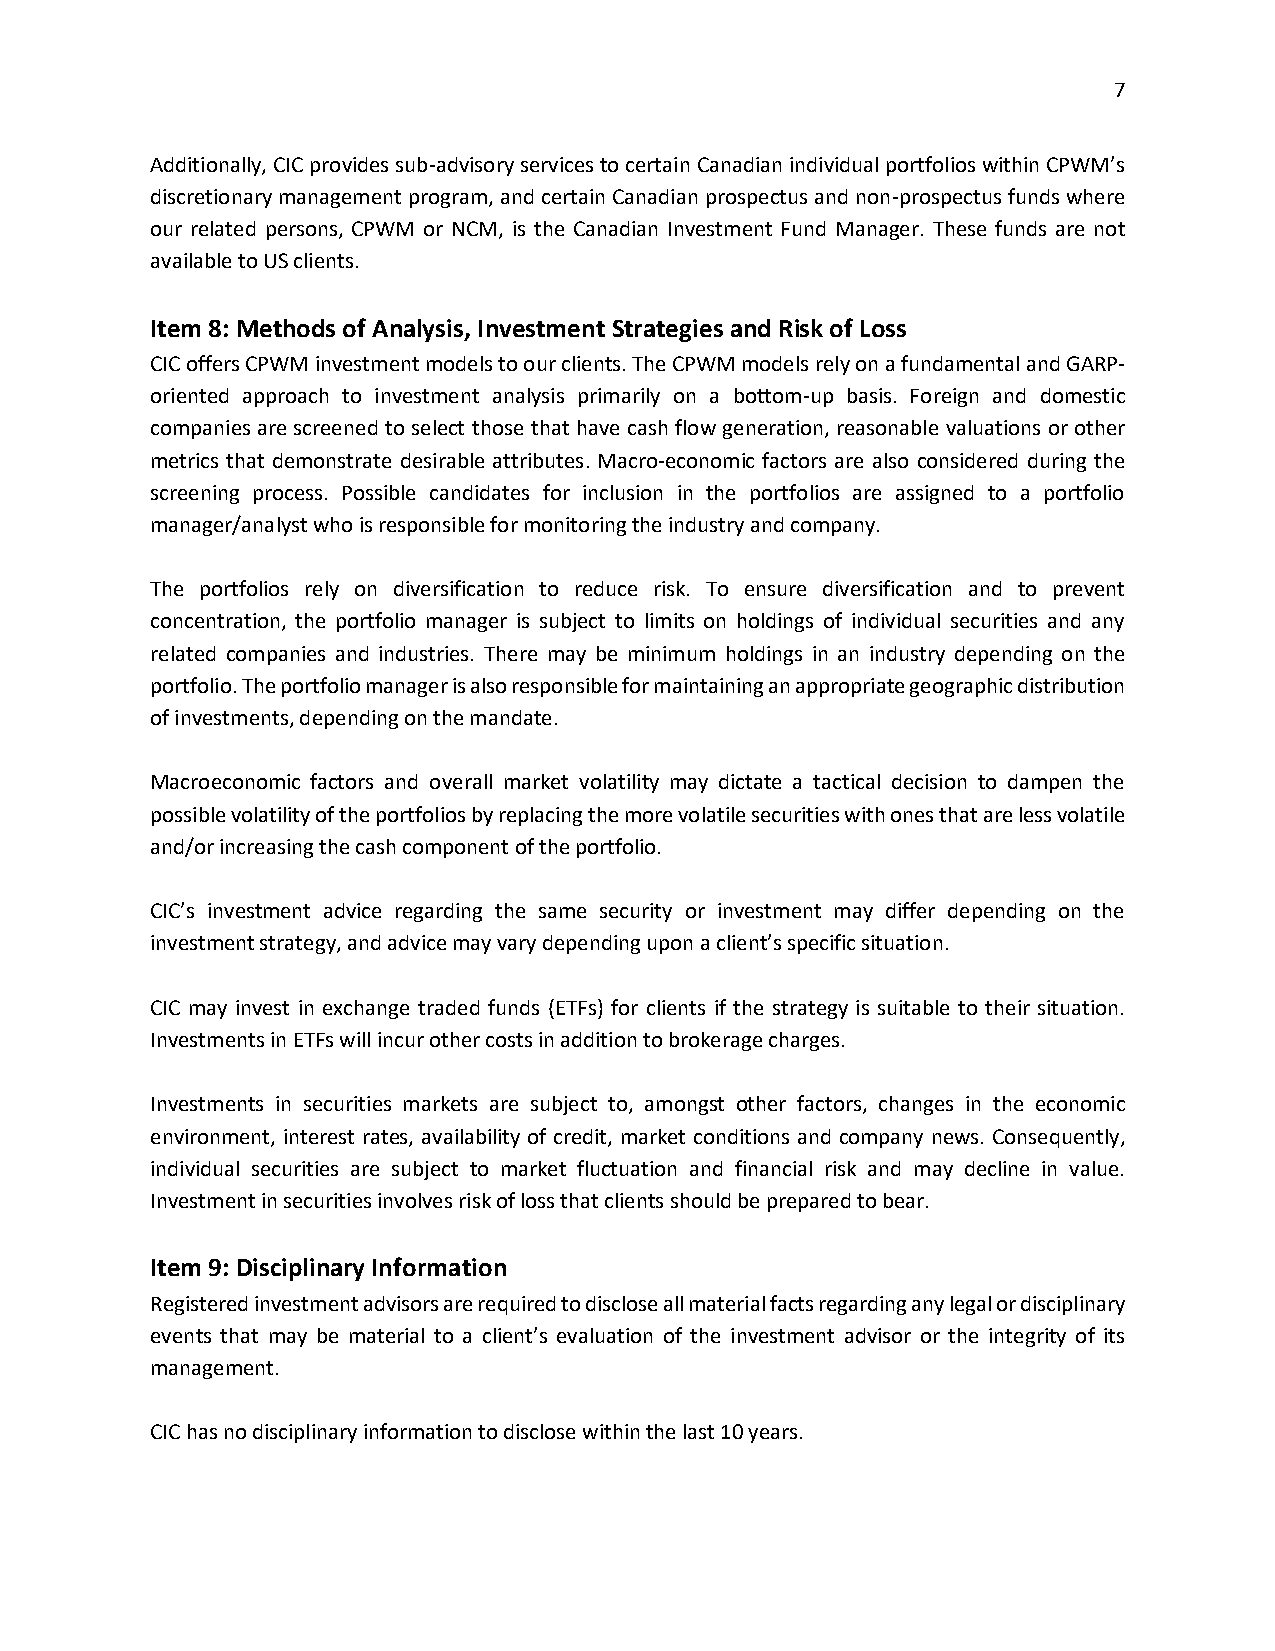
7
 Additionally, CIC provides sub-advisory services to certain Canadian individual portfolios within CPWM’s
 discretionary management program, and certain Canadian prospectus and non-prospectus funds where
 our related persons, CPWM or NCM, is the Canadian Investment Fund Manager. These funds are not
 available to US clients.
 Item 8: Methods of Analysis, Investment Strategies and Risk of Loss
 CIC offers CPWM investment models to our clients. The CPWM models rely on a fundamental and GARP-
 oriented approach to investment analysis primarily on a bottom-up basis. Foreign and domestic
 companies are screened to select those that have cash flow generation, reasonable valuations or other
 metrics that demonstrate desirable attributes. Macro-economic factors are also considered during the
 screening process. Possible candidates for inclusion in the portfolios are assigned to a portfolio
 manager/analyst who is responsible for monitoring the industry and company.
 The portfolios rely on diversification to reduce risk. To ensure diversification and to prevent
 concentration, the portfolio manager is subject to limits on holdings of individual securities and any
 related companies and industries. There may be minimum holdings in an industry depending on the
 portfolio. The portfolio manager is also responsible for maintaining an appropriate geographic distribution
 of investments, depending on the mandate.
 Macroeconomic factors and overall market volatility may dictate a tactical decision to dampen the
 possible volatility of the portfolios by replacing the more volatile securities with ones that are less volatile
 and/or increasing the cash component of the portfolio.
 CIC’s investment advice regarding the same security or investment may differ depending on the
 investment strategy, and advice may vary depending upon a client’s specific situation.
 CIC may invest in exchange traded funds (ETFs) for clients if the strategy is suitable to their situation.
 Investments in ETFs will incur other costs in addition to brokerage charges.
 Investments in securities markets are subject to, amongst other factors, changes in the economic
 environment, interest rates, availability of credit, market conditions and company news. Consequently,
 individual securities are subject to market fluctuation and financial risk and may decline in value.
 Investment in securities involves risk of loss that clients should be prepared to bear.
 Item 9: Disciplinary Information
 Registered investment advisors are required to disclose all material facts regarding any legal or disciplinary
 events that may be material to a client’s evaluation of the investment advisor or the integrity of its
 management.
 CIC has no disciplinary information to disclose within the last 10 years.